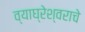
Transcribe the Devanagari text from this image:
व्याघ्रेश्वराचे